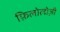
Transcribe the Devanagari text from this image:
फ़िलोलोज़ी